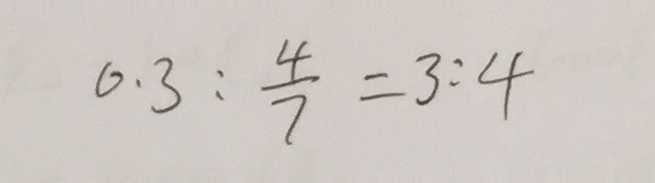
0 . 3 : \frac { 4 } { 7 } = 3 : 4